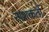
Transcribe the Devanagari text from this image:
नाशकर्ता